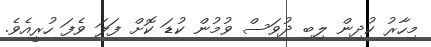
މިހާރު ކުދިން ލިބި ދުވަސް ވުމުން ކުޑަ ކޮށް ފަލަ ވެފަ ހުރީއެވެ.